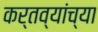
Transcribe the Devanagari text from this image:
कर्तव्यांच्या